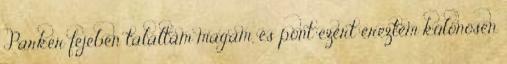
Parker fejében találtam magam, és pont ezért éreztem különösen